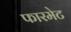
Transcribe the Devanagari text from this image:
फारमेट